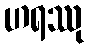
ဟရဿု